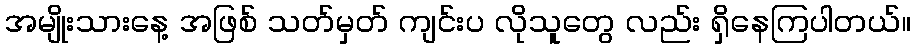
အမျိုးသားနေ့ အဖြစ် သတ်မှတ် ကျင်းပ လိုသူတွေ လည်း ရှိနေကြပါတယ်။